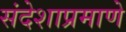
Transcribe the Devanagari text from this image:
संदेशाप्रमाणे